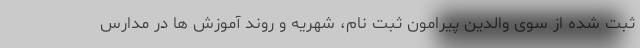
ثبت شده از سوی والدین پیرامون ثبت نام، شهریه و روند آموزش ها در مدارس